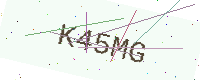
Text: K45MG